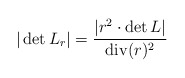
\begin{align*}|\det L_r| = \frac{| r^2\cdot \det L |}{{\rm div}(r)^2}\end{align*}